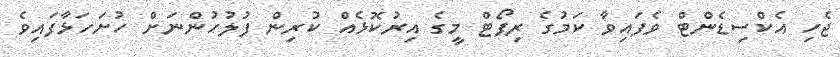
ޖެހި އެކްސިޑެންޓް ވެފައިވާ ކަމުގެ ރިޕޯޓް މީގެ އިރުކޮޅެއް ކުރިން ފުލުހުންނަށް ހުށަހަޅާފައިވެ